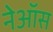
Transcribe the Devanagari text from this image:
नेऑस